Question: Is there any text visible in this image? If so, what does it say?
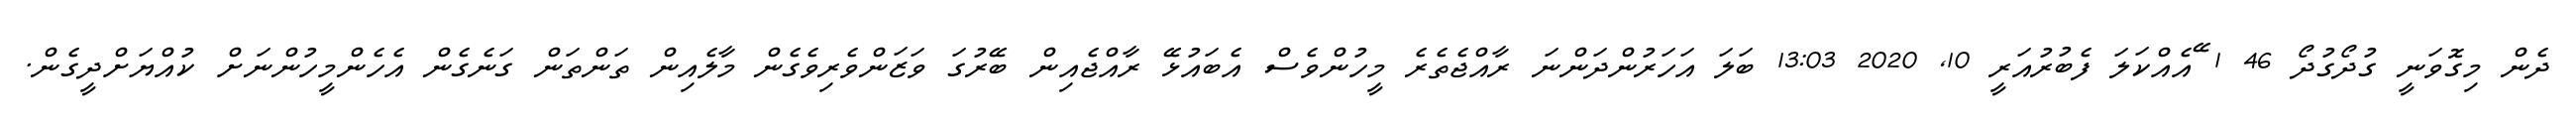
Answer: ދެން މިގޮވަނީ ގުދޯގުދޯ 46 1 ޭއެއްކަލަ ފެބުރުއަރީ 10, 2020 13:03 ބަލަ އަހަރުންދަންނަ ރާއްޖެތެރެ މީހުންވެސް އެބައުޅޭ ރާއްޖެއިން ބޭރުގަ ވަޒަންވެރިވެގެން މާލެއިން ތަންތަން ގަނެގެން އެހެންމީހުންނަށް ކުއްޔަށްދީގެން.